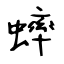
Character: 蟀